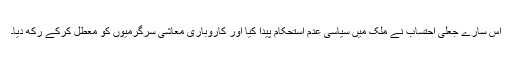
اس سارے جعلی احتساب نے ملک میں سیاسی عدم استحکام پیدا کیا اور کاروباری معاشی سرگرمیوں کو معطل کرکے رکھ دیا۔